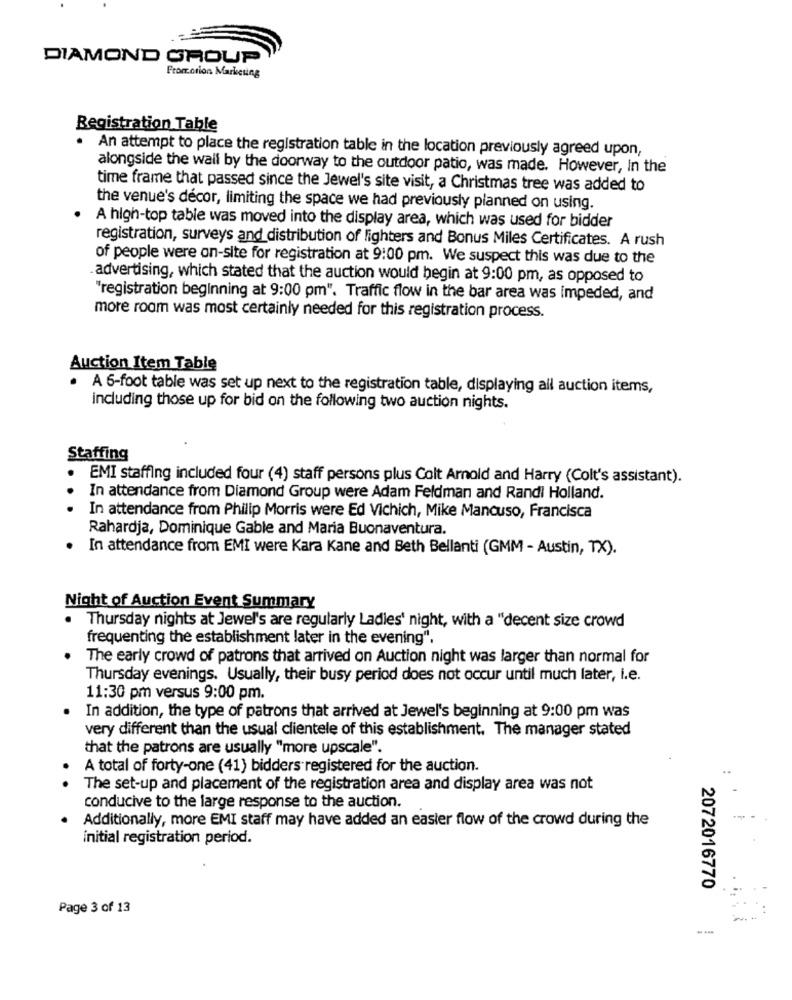
DIAMOND GROUP
From.orion Marketing
Registration Table
An attempt to place the registration table in the location previously agreed upon,
alongside the wall by the doorway to the outdoor patio, was made. However, In the
time frame that passed since the Jewel's site visit, a Christmas tree was added to
the venue's decor, limiting the space we had previously planned on using.
A high-top table was moved into the display area, which was used for bidder
registration, surveys and distribution of lighters and Bonus Miles Certificates. A rush
of people were on-site for registration at 9:00 pm. We suspect this was due to the
advertising, which stated that the auction would begin at 9:00 pm, as opposed to
"registration beginning at 9:00 pm". Traffic flow in the bar area was impeded, and
more room was most certainly needed for this registration process.
Auction Item Table
. A 6-foot table was set up next to the registration table, displaying all auction items,
including those up for bid on the following two auction nights.
Staffing
EMI staffing included four (4) staff persons plus Colt Arnold and Harry (Colt's assistant).
In attendance from Diamond Group were Adam Feldman and Randi Holland.
. . .
In attendance from Philip Morris were Ed Vichich, Mike Mancuso, Francisca
Rahardja, Dominique Gable and Maria Buonaventura.
In attendance from EMI were Kara Kane and Beth Bellanti (GMM - Austin, TX).
Night of Auction Event Summary
. Thursday nights at Jewel's are regularly Ladies' night, with a "decent size crowd
frequenting the establishment later in the evening".
The early crowd of patrons that arrived on Auction night was larger than normal for
Thursday evenings. Usually, their busy period does not occur until much later, i.e.
11:30 pm versus 9:00 pm.
In addition, the type of patrons that arrived at Jewel's beginning at 9:00 pm was
very different than the usual clientele of this establishment. The manager stated
that the patrons are usually "more upscale".
A total of forty-one (41) bidders registered for the auction.
The set-up and placement of the registration area and display area was not
conducive to the large response to the auction.
Additionally, more EMI staff may have added an easter flow of the crowd during the
initial registration period.
2072016770
Page 3 of 13
.....